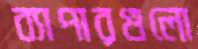
ব্যাপারগুলো